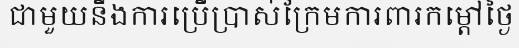
ជាមួយនឹងការប្រើប្រាស់ក្រែមការពារកម្តៅថ្ងៃ